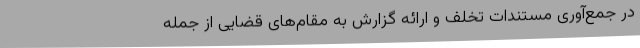
در جمع‌آوری مستندات تخلف و ارائه گزارش به مقام‌های قضایی از جمله